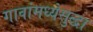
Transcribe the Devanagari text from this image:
गावांमध्येसुद्धा